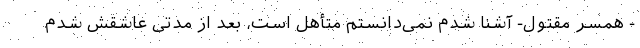
- همسر مقتول- آشنا شدم نمی‌دانستم متأهل است، بعد از مدتی عاشقش شدم